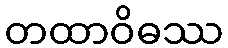
တထာဝိဓဿ